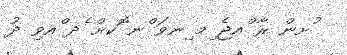
ުށން ރާ ްއޖެ ިމ ިނވަ ްނ ޮކށް ެދ ްއވި ދު